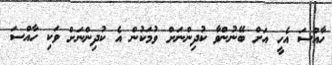
ހާއްސަ އެހީ އަށް ބޭނުންވާ ކުދިންނަށް ވުމަކުން އެ ކުދިންނަށް ވަކި ހާއްސަ